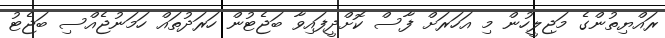
ރައްޔިތުންގެ މަޖިލީހުން މި އަހަރަށް ފާސް ކޮށްދީފައިވާ ބަޖެޓުން ހަރަދުތައް ހަމަނުޖެއްސި ބަޖެޓު